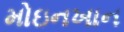
મોઇનખાન